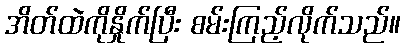
အိတ်ထဲကိုနှိုက်ပြီး စမ်းကြည့်လိုက်သည်။